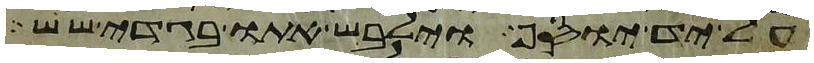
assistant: על יד יוסף וילבש אתו בגדי שש